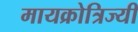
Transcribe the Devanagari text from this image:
मायक्रोत्रिज्यी